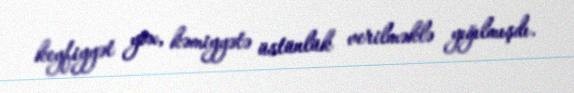
keyfiyyət yox, kəmiyyətə üstünlük verilməklə yığılmışdı.